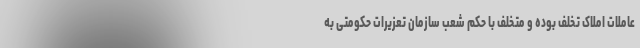
عاملات املاک تخلف بوده و متخلف با حکم شعب سازمان تعزیرات حکومتی به